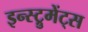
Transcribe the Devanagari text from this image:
इन्स्ट्रुमेंट्‌स